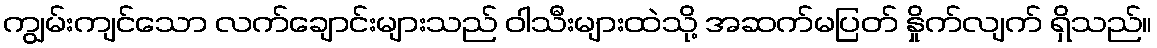
ကျွမ်းကျင်သော လက်ချောင်းများသည် ဝါသီးများထဲသို့ အဆက်မပြတ် နှိုက်လျက် ရှိသည်။